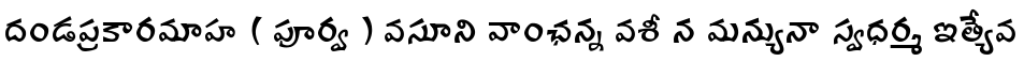
దండప్రకారమాహ ( పూర్వ ) వసూని వాంఛన్న వశీ న మన్యునా స్వధర్మ ఇత్యేవ